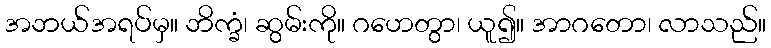
အဘယ်အရပ်မှ။ ဘိက္ခံ၊ ဆွမ်းကို။ ဂဟေတွာ၊ ယူ၍။ အာဂတော၊ လာသည်။